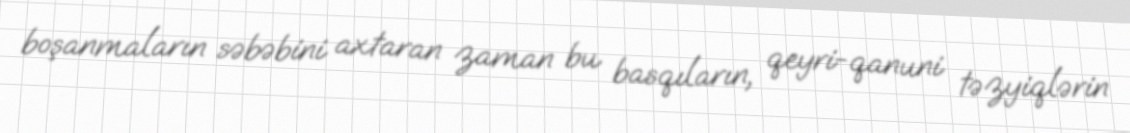
boşanmaların səbəbini axtaran zaman bu basqıların, qeyri-qanuni təzyiqlərin